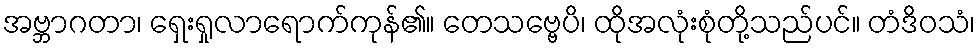
အဗ္ဘာဂတာ၊ ရှေးရှုလာရောက်ကုန်၏။ တေသဗ္ဗေပိ၊ ထိုအလုံးစုံတို့သည်ပင်။ တံဒိဝသံ၊